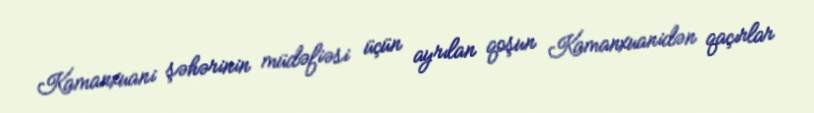
Kamanxuani şəhərinin müdəfiəsi üçün ayrılan qoşun Kamanxuanidən qaçırlar